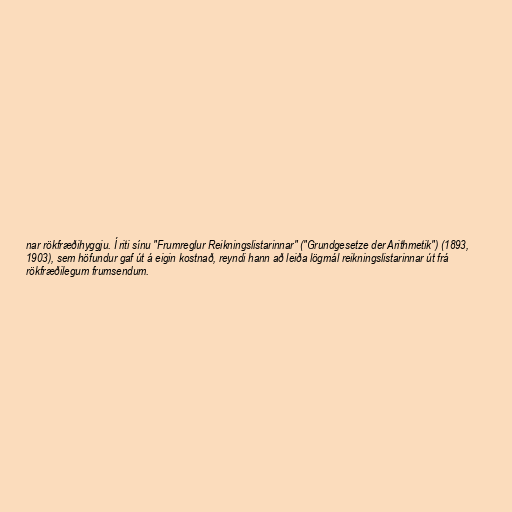
nar rökfræðihyggju. Í riti sínu "Frumreglur Reikningslistarinnar" ("Grundgesetze der Arithmetik") (1893,
1903), sem höfundur gaf út á eigin kostnað, reyndi hann að leiða lögmál reikningslistarinnar út frá
rökfræðilegum frumsendum.